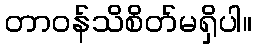
တာဝန်သိစိတ်မရှိပါ။